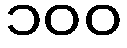
၁၀၀